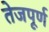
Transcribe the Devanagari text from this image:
तेजपूर्ण